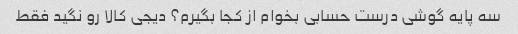
سه پایه گوشی درست حسابی بخوام از کجا بگیرم؟ دیجی کالا رو نگید فقط